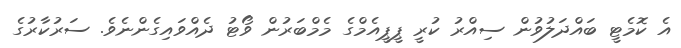
އެ ކޮމެޓީ ބައްދަލުވުން ސިއްރު ކުރީ ޕީޕީއެމްގެ މެމްބަރުން ވޯޓު ދެއްވައިގެންނެވެ. ސަރުކާރުގެ